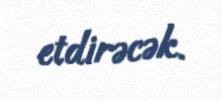
etdirəcək.